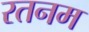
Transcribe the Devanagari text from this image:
रतनम